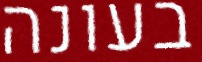
בעונה